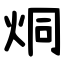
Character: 烔